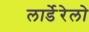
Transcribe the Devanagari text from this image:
लार्डेरेलो